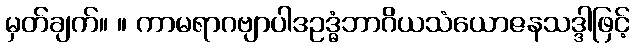
မှတ်ချက်။ ။ ကာမရာဂဗျာပါဒဥဒ္ဓံဘာဂိယသံယောဇနသဒ္ဒါဖြင့်